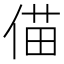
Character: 㑤